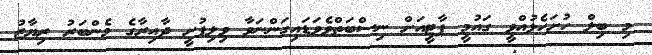
މި ބިލް ހުށަހެޅުއްވީ ގައުމީ ޕާޓީއަށް ނިސްބަތްވެވަޑައިގަންނަވާ ވިލިފުށީ ދާއިރާގެ މެންބަރު ރިޔާޒު